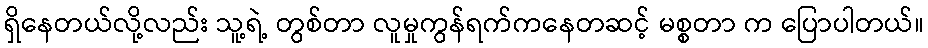
ရှိနေတယ်လို့လည်း သူ့ရဲ့ တွစ်တာ လူမှုကွန်ရက်ကနေတဆင့် မစ္စတာ က ပြောပါတယ်။